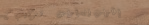
إطارات السيارات   تركيب م